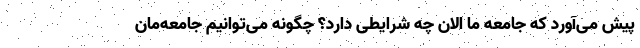
پیش می‌آورد که جامعه ما الان چه شرایطی دارد؟ چگونه می‌توانیم جامعه‌مان